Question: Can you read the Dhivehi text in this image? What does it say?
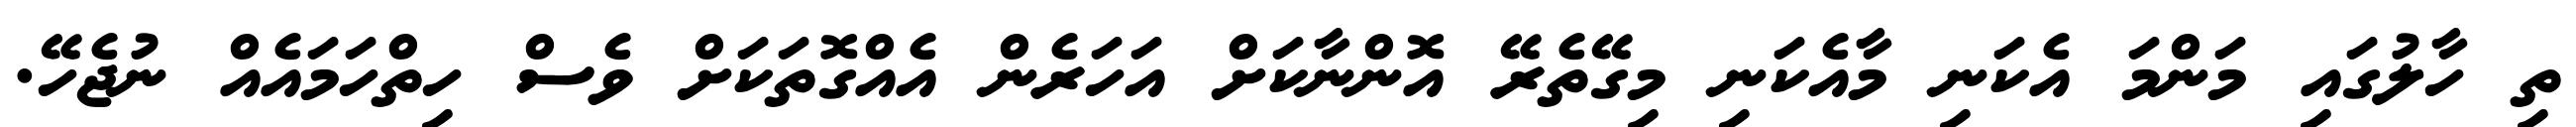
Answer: ތި ހާލުގައި މަންމަ އެކަނި މާއެކަނި މިގޭތެރޭ އޮންނާކަށް އަހަރެން އެއްގޮތަކަށް ވެސް ހިތްހަމައެއް ނުޖެހޭ.